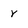
Character: r